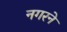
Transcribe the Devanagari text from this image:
नगरने